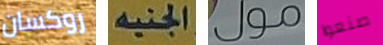
روكسان الجنيه مول صنعوا